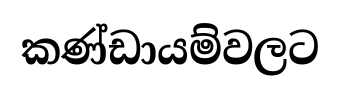
කණ්ඩායම්වලට